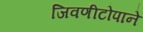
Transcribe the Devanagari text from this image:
जिवणीटोपाने